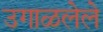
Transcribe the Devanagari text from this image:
उगाळलेले